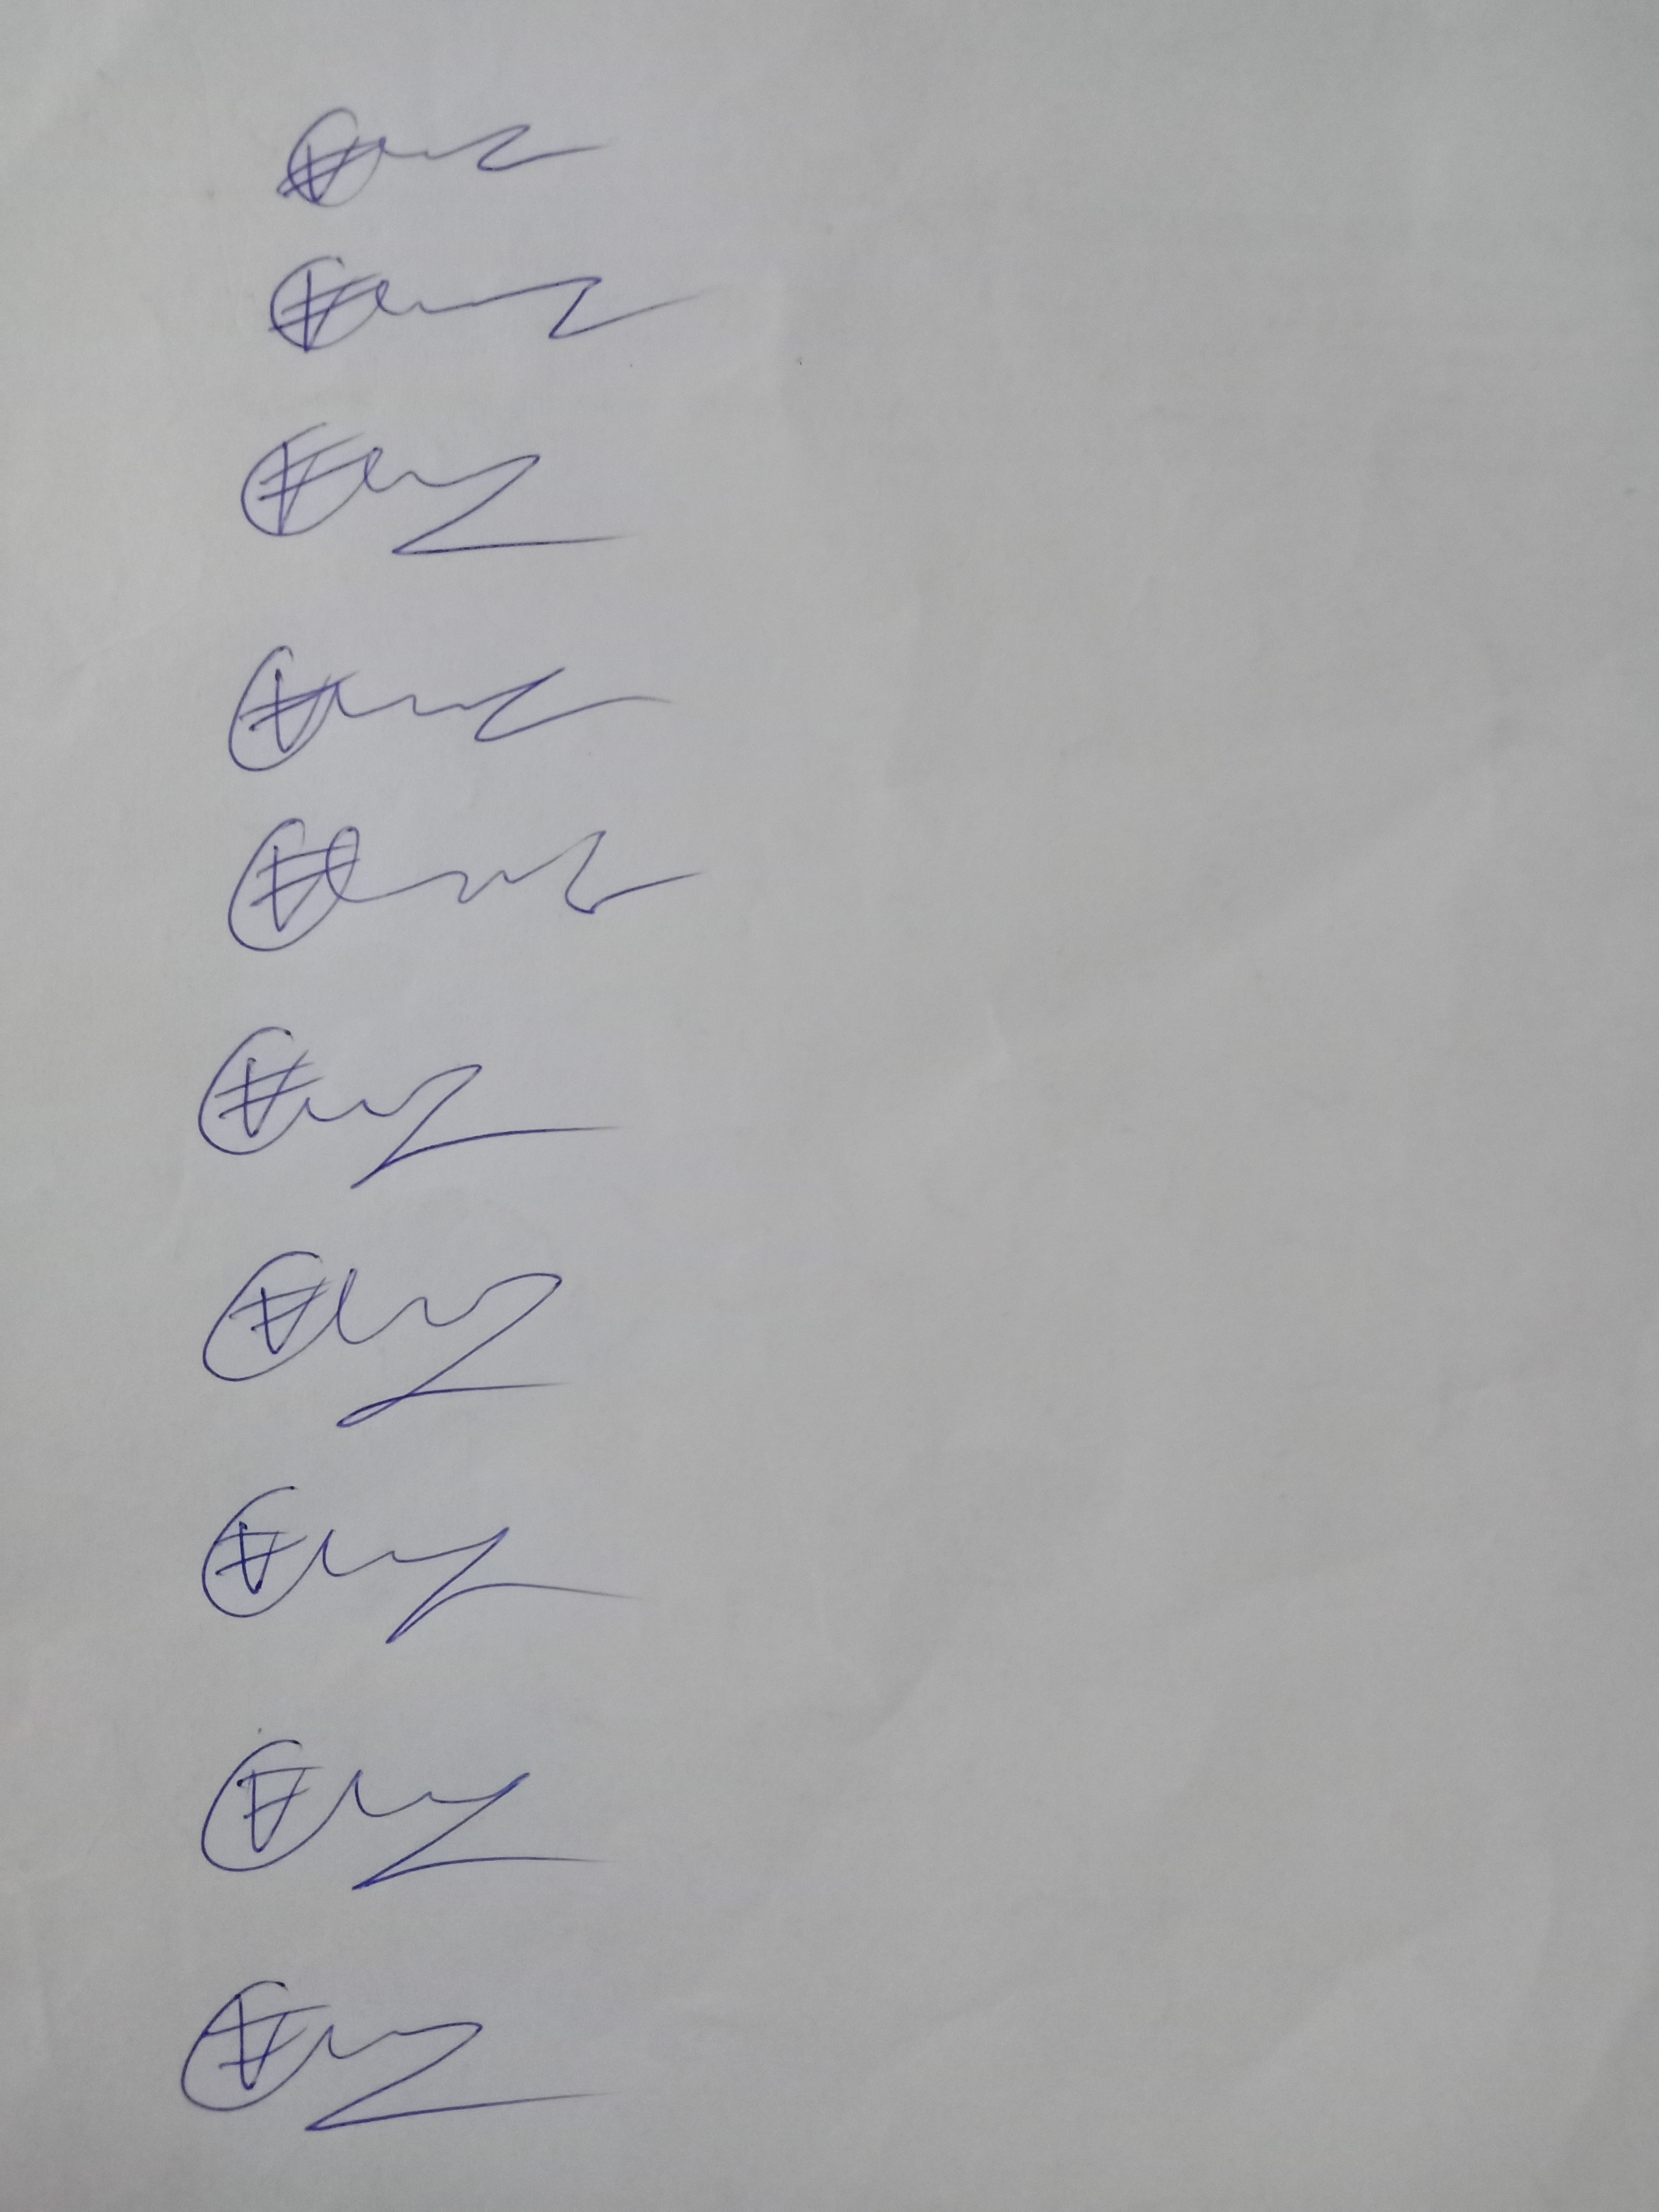
Signature authenticity: genuine